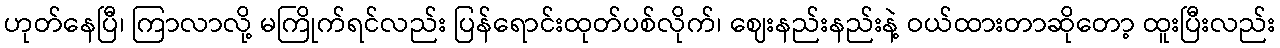
ဟုတ်နေပြီ၊ ကြာလာလို့ မကြိုက်ရင်လည်း ပြန်ရောင်းထုတ်ပစ်လိုက်၊ ဈေးနည်းနည်းနဲ့ ဝယ်ထားတာဆိုတော့ ထူးပြီးလည်း